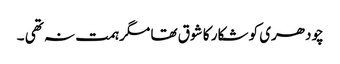
چودھری کو شکار کا شوق تھا مگر ہمت نہ تھی ۔